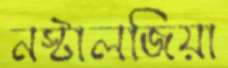
নস্টালজিয়া